画像に写った文字を読んでください
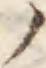
「ノ」と書いてあります